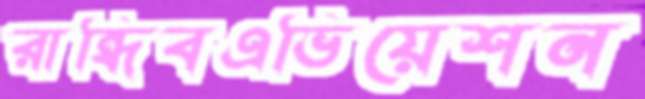
রান্ধিবএভিয়েশন